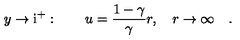
y \to \mathrm { i } ^ { + } : \qquad u = \frac { 1 - \gamma } { \gamma } r , \quad r \to \infty \quad .